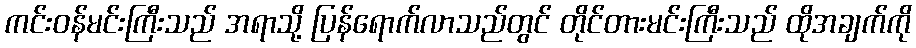
ကင်းဝန်မင်းကြီးသည် အရာသို့ ပြန်ရောက်လာသည်တွင် တိုင်တားမင်းကြီးသည် ထိုအချက်ကို